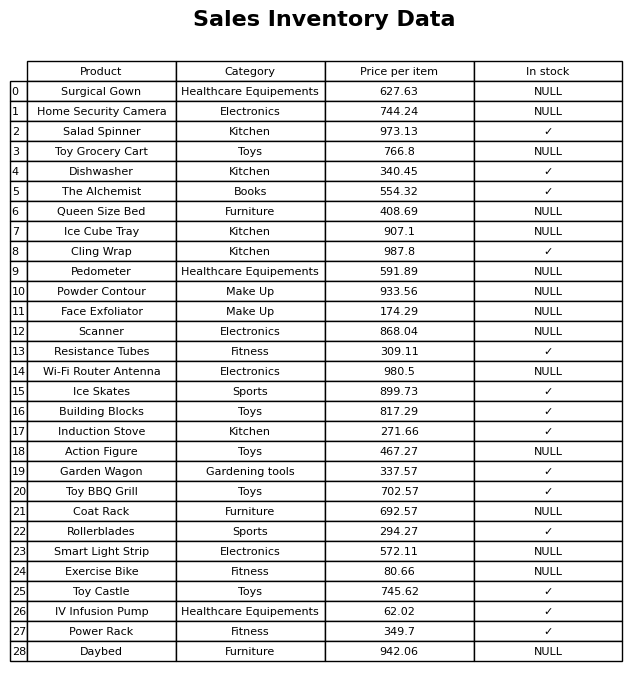
question: What is the price for Smart Light Strip?
answer: The price of Smart Light Strip is 572.11.